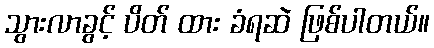
သွားလာခွင့် ပိတ် ထား ခံရဆဲ ဖြစ်ပါတယ်။